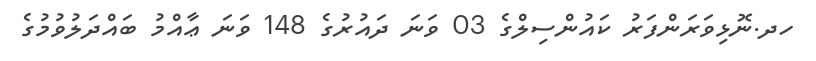
ހދ.ނޮޅިވަރަންފަރު ކައުންސިލްގެ 03 ވަނަ ދައުރުގެ 148 ވަނަ ޢާއްމު ބައްދަލުވުމުގެ